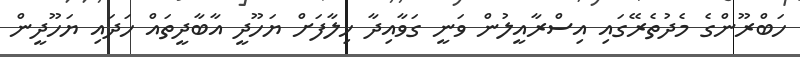
ހަބްރޫންގެ މެދުތެރޭގައި އިސްރާއީލުން ވަނީ ގަވާއިދާ ޚިލާފަށް ޔަހޫދީ އާބާދީތައް ހަދައި ޔަހޫދީން